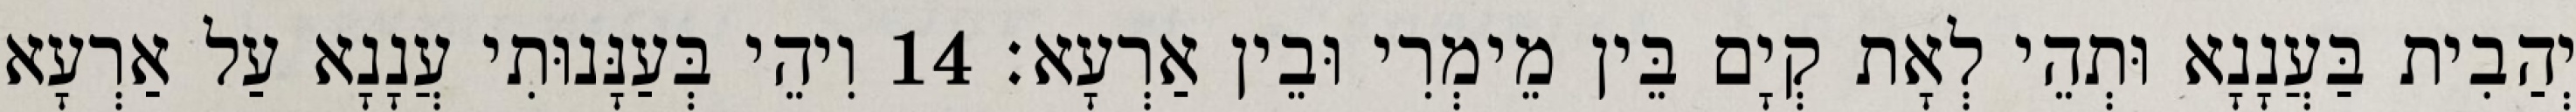
יְהַבִית בַּעֲנָנָא וּתְהֵי לְאָת קְיָם בֵּין מֵימְרִי וּבֵין אַרְעָא׃ 14 וִיהֵי בְּעַנָּנוּתִי עֲנָנָא עַל אַרְעָא